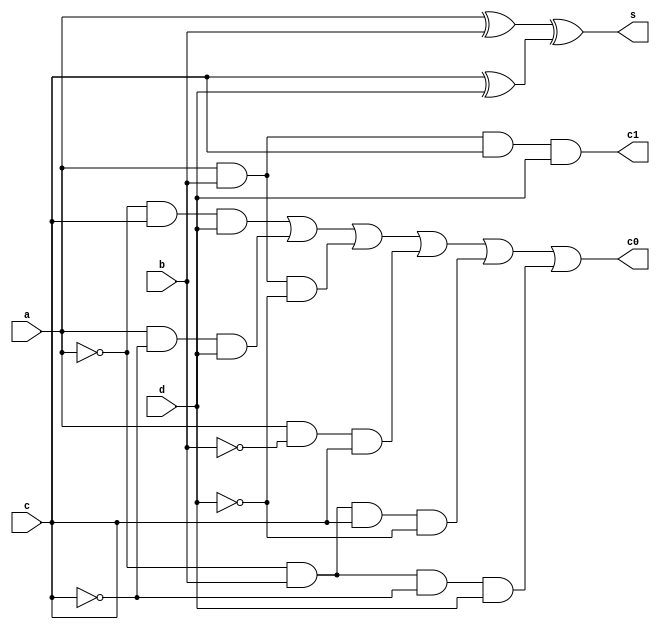
`timescale 1ns / 1ps
//////////////////////////////////////////////////////////////////////////////////
// Company: 
// Engineer: 
// 
// Design Name: 
// Module Name:    adder_4bit 
// Project Name: 
// Target Devices: 
// Tool versions: 
// Description: 
//
// Dependencies: 
//
// Revision: 
// Revision 0.01 - File Created
// Additional Comments: 
//
//////////////////////////////////////////////////////////////////////////////////
module adder_4bit(
    input a,
    input b,
    input c,
    input d,
    output s,
    output c0,
    output c1
    );

wire s1,s2;

xor M1 (s1,a,b);
xor M2 (s2,c,d);
xor M3 (s,s1,s2);
assign c0=(~a&c&d)|(a&~c&d)|(a&b&~d)|(a&~b&c)|(~a&b&c&~d)|(~a&b&~c&d);
assign c1=a&b&c&d;

endmodule